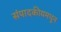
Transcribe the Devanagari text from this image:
संपादकीयमधून